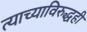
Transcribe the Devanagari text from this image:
त्याच्याविरुद्धही